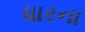
ધારના